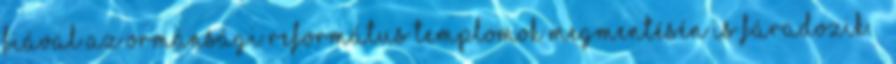
fiával az ormánsági református templomok megmentésén is fáradozik. —